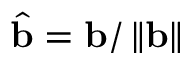
{ \widehat { \mathbf { b } } } = \mathbf { b } / \left\| \mathbf { b } \right\|